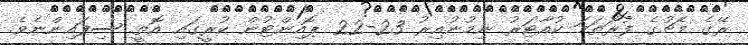
ރޭގެ މެޗުގެ ފުރަތަމަ ކުއާޓަރު ނިމުނުއިރު 23-22 ޕޮއިންޓުން ކުރީގައި އޮތީ ސިފައިންނެވެ.